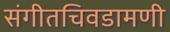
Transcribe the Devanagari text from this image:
संगीतचिवडामणी